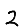
Digit: 2